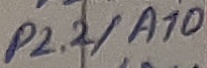
Text: P2.2/A10